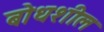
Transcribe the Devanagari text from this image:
बोधशील